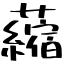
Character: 𧃴